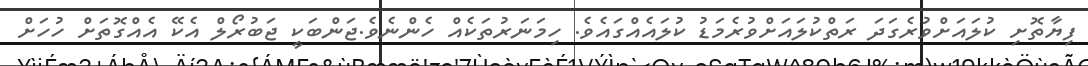
ފިޔާތޮށި ކުލައަށްވުރެގަދަ ރަތްކުލައަށްވުރެމަޑު ކުލައެއްގައެވެ. ހިމަނަރުތަކެއް ހެންނެވެ.ޖަންބަކީ ޖަބުރޯލް އެކޭ އެއްގޮތަށް ހުހަށް